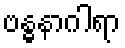
ဗန္ဓနာဂါရာ